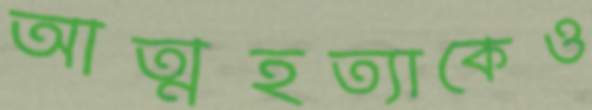
আত্মহত্যাকেও